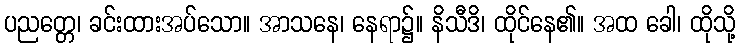
ပညတ္တေ၊ ခင်းထားအပ်သော။ အာသနေ၊ နေရာ၌။ နိသီဒိ၊ ထိုင်နေ၏။ အထ ခေါ၊ ထိုသို့